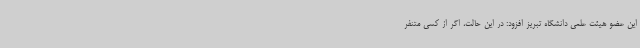
این عضو هیئت علمی دانشگاه تبریز افزود: در این حالت، اگر از کسی متنفر